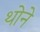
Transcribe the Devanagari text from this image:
थोने